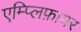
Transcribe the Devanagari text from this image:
एम्प्लिफ़ायर